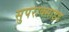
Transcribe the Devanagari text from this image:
सुपराक्साइड